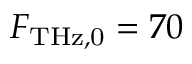
F _ { \mathrm { T H z , 0 } } = 7 0